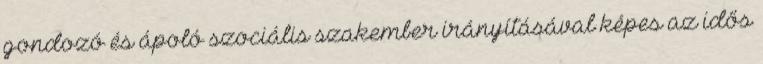
gondozó és ápoló szociális szakember irányításával képes az idős